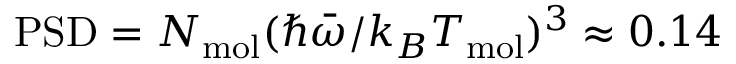
\mathrm { P S D } = N _ { \mathrm { m o l } } ( \hbar \bar { \omega } / k _ { B } T _ { \mathrm { m o l } } ) ^ { 3 } \approx 0 . 1 4